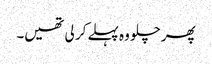
پھر چلو وہ پہلے کر لی تھیں۔